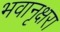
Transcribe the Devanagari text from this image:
भवानृक्षरा